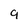
Character: 9